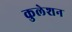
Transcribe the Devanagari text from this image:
कुलेशन